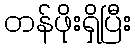
တန်ဖိုးရှိပြီး